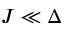
J \ll \Delta